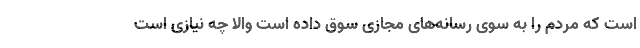
است که مردم را به سوی رسانه‌های مجازی سوق داده است والا چه نیازی است